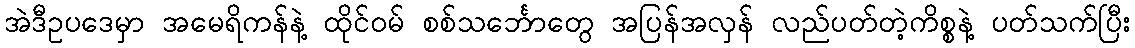
အဲဒီဥပဒေမှာ အမေရိကန်နဲ့ ထိုင်ဝမ် စစ်သင်္ဘောတွေ အပြန်အလှန် လည်ပတ်တဲ့ကိစ္စနဲ့ ပတ်သက်ပြီး